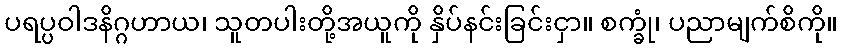
ပရပ္ပဝါဒနိဂ္ဂဟာယ၊ သူတပါးတို့အယူကို နှိပ်နင်းခြင်းငှာ။ စက္ခုံ၊ ပညာမျက်စိကို။